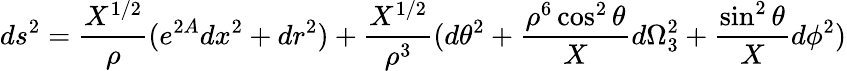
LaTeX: ds^{2}={\frac{X^{1/2}}{\rho}}(e^{2A}dx^{2}+dr^{2})+{\frac{X^{1/2}}{\rho^{3}}}(d\theta^{2}+{\frac{\rho^{6}\cos^{2}\theta}{X}}d\Omega_{3}^{2}+{\frac{\sin^{2}\theta}{X}}d\phi^{2})